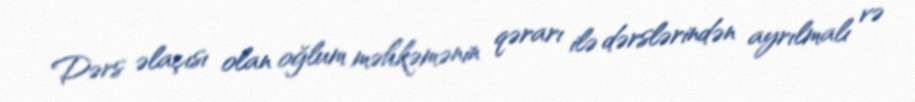
Dərs əlaçısı olan oğlum məhkəmənin qərarı ilə dərslərindən ayrılmalı və